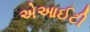
એઆઈટી